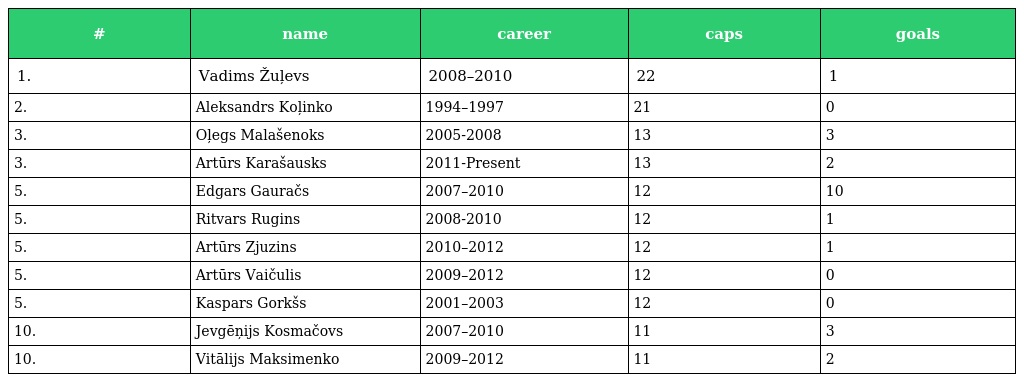
| # | name | career | caps | goals |
 | --- | --- | --- | --- | --- |
 | 1. | Vadims Žuļevs | 2008–2010 | 22 | 1 |
 | 2. | Aleksandrs Koļinko | 1994–1997 | 21 | 0 |
 | 3. | Oļegs Malašenoks | 2005-2008 | 13 | 3 |
 | 3. | Artūrs Karašausks | 2011-Present | 13 | 2 |
 | 5. | Edgars Gauračs | 2007–2010 | 12 | 10 |
 | 5. | Ritvars Rugins | 2008-2010 | 12 | 1 |
 | 5. | Artūrs Zjuzins | 2010–2012 | 12 | 1 |
 | 5. | Artūrs Vaičulis | 2009–2012 | 12 | 0 |
 | 5. | Kaspars Gorkšs | 2001–2003 | 12 | 0 |
 | 10. | Jevgēņijs Kosmačovs | 2007–2010 | 11 | 3 |
 | 10. | Vitālijs Maksimenko | 2009–2012 | 11 | 2 |